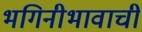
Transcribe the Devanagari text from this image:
भगिनीभावाची